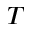
T